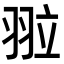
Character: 翋